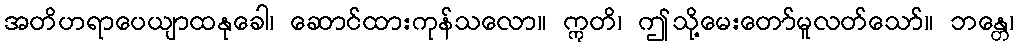
အတိဟရာပေယျာထနုခေါ၊ ဆောင်ထားကုန်သလော။ ဣတိ၊ ဤသို့မေးတော်မူလတ်သော်။ ဘန္တေ၊